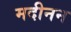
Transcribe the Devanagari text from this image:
मदीनन